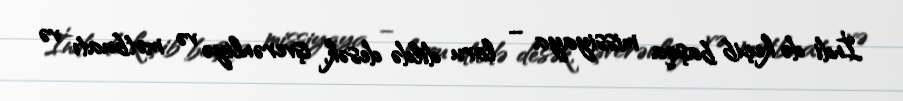
İndi də keçib başqa missiyaya – loru dildə desək, işverənliyə və mətbuatı və